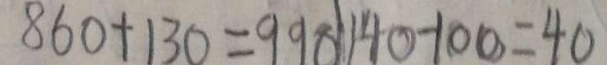
8 6 0 + 1 3 0 = 9 9 0 1 4 0 - 1 0 0 = 4 0